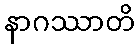
နာဂဿာတိ